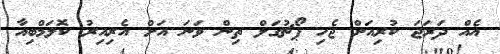
އެއް ދަރަޖަ ކުރިއަށް ޖެހި ޕޯޗުގަލް ތިން ވަނަ އަށް އެރިއިރު ކޮލަމްބިއާ